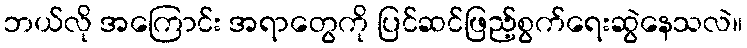
ဘယ်လို အကြောင်း အရာတွေကို ပြင်ဆင်ဖြည့်စွက်ရေးဆွဲနေသလဲ။